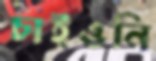
চাইওনি